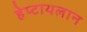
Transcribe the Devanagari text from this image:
हेप्टाथलान